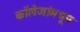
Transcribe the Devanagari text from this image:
कॉलेजांमधून